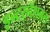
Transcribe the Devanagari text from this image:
इन्टरनॅशनल